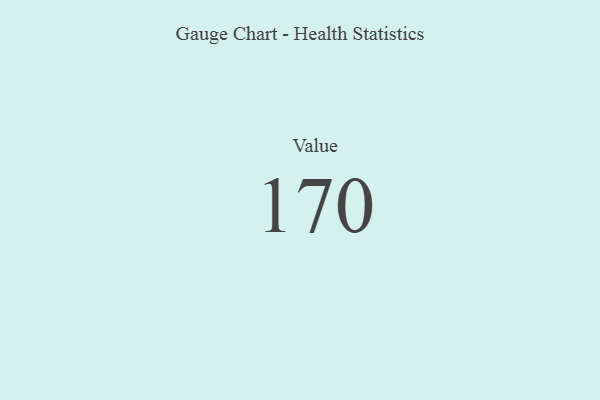
{"axis": {"x": "Metric", "y": "Value"}, "legend": [""], "data": [{"x": "Value", "y": 170, "type": ""}]}